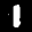
Digit: 1